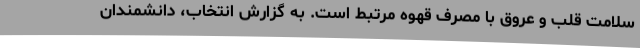
سلامت قلب و عروق با مصرف قهوه مرتبط است. به گزارش انتخاب، دانشمندان